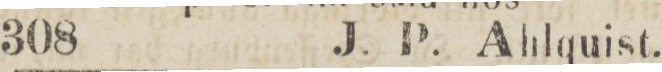
J. P. Ahlquist,